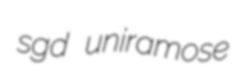
sgd uniramose